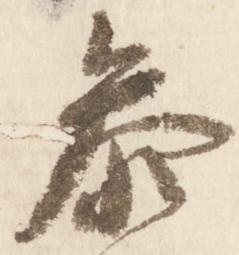
参